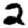
Digit: 2